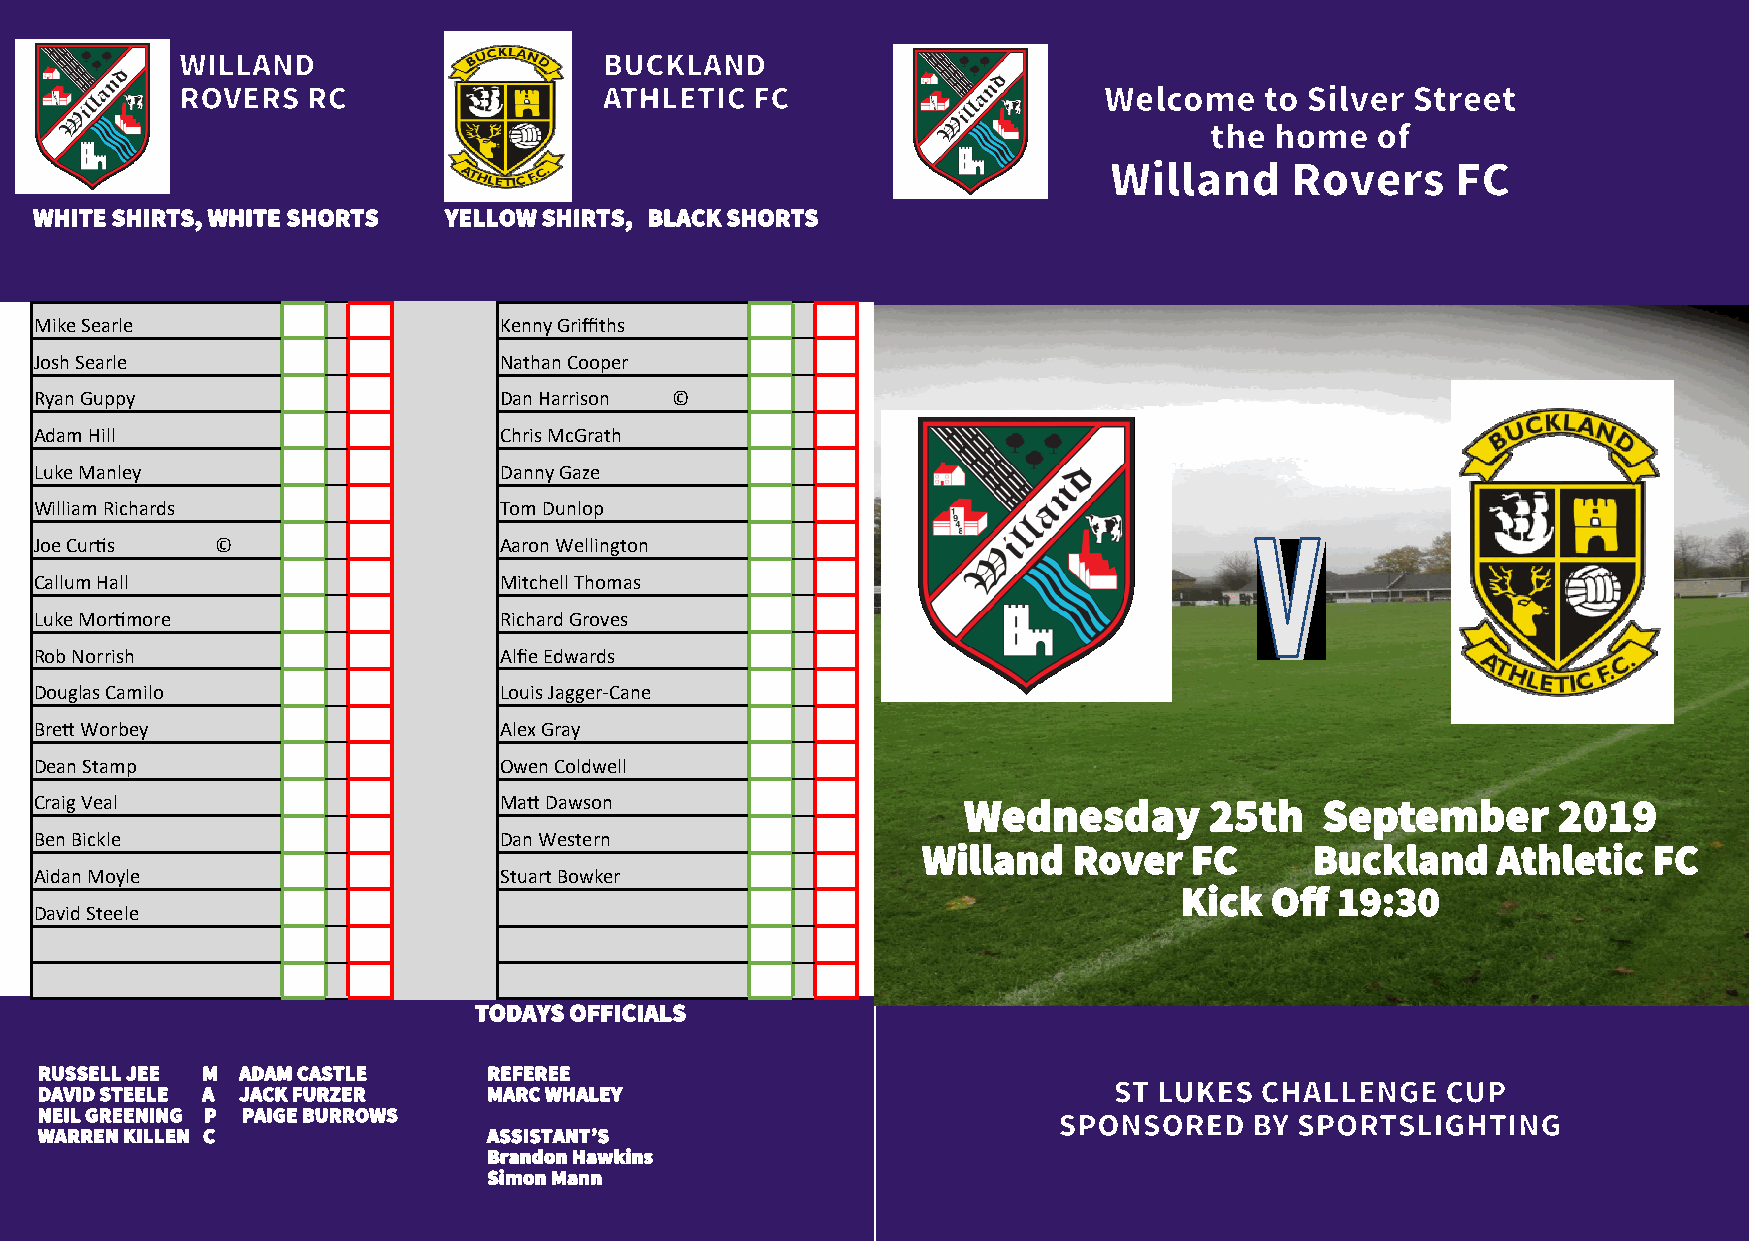
WHITE SHIRTS, WHITE SHORTS YELLOW SHIRTS, BLACK SHORTS
 Mike Searle                    Kenny Griffiths
 Josh Searle                    Nathan Cooper
 Ryan Guppy                     Dan Harrison ©
 Adam Hill                      Chris McGrath
 Luke Manley                    Danny Gaze
 William Richards               Tom Dunlop
 Joe Curtis  ©                  Aaron Wellington
 Callum Hall                    Mitchell Thomas
 Luke Mortimore                 Richard Groves
 Rob Norrish                    Alfie Edwards
 Douglas Camilo                 Louis Jagger-Cane
 Brett Worbey                   Alex Gray
 Dean Stamp                     Owen Coldwell
 Craig Veal                     Matt Dawson                    Wednesday       25th    September      2019
 Ben Bickle                     Dan Western
 Willand   Rover   FC      Buckland    Athletic  FC
 Aidan Moyle                    Stuart Bowker
 Kick  Off 19:30
 David Steele
 TODAYS OFFICIALS
 RUSSELL JEE M ADAM CASTLE     REFEREE
 DAVID STEELE A JACK FURZER    MARC WHALEY
 NEIL GREENING P PAIGE BURROWS
 WARREN KILLEN C               ASSISTANT’S
 Brandon Hawkins
 Simon Mann